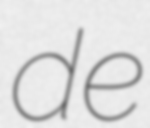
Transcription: de